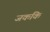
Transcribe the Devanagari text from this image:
जककि